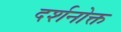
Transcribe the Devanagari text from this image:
दर्शनोक्त